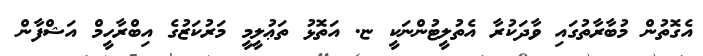
އެގޮތުން މުބާރާތުގައި ވާދަކުރާ އެތުލީޓުންނަކީ ޏ. އަތޮޅު ތަޢުލީމީ މަރުކަޒުގެ އިބްރާހީމް އަޝްފާން